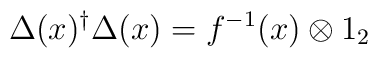
\Delta(x)^\dagger \Delta(x) =f^{-1}(x) \otimes 1_2